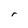
Character: r